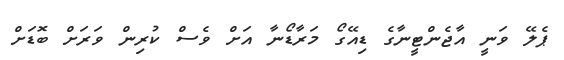
ޕެލޭ ވަނީ އާޖެންޓީނާގެ ޑިއޭގޯ މަރާޑޯނާ އަށް ވެސް ކުރިން ވަރަށް ބޮޑަށް